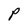
Character: P